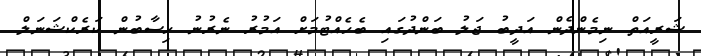
ޝަރީއަތް ނިމެންދެން އަދީބު ޖަލު ބަންދުގައި ބެހެއްޓުމަށް އަމުރު ނެރުނު ހިސާބުން ކަރެކްޝަނަލް